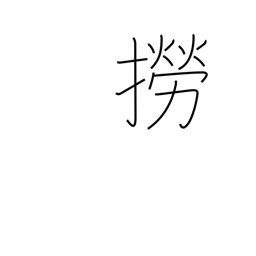
Meaning: catch fish